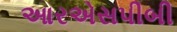
આરએસપીબી